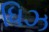
ધિઝ